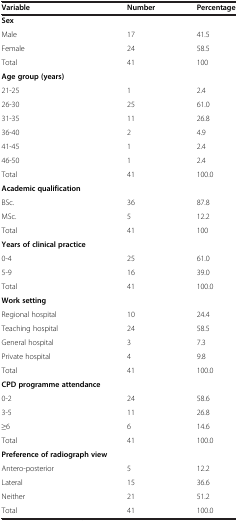
<table><thead><tr><td><b>Variable</b></td><td><b>Number</b></td><td><b>Percentage</b></td></tr></thead><tbody><tr><td colspan="3"><b>Sex</b></td></tr><tr><td>Male</td><td>17</td><td>41.5</td></tr><tr><td>Female</td><td>24</td><td>58.5</td></tr><tr><td>Total</td><td>41</td><td>100</td></tr><tr><td colspan="3"><b>Age group </b><b>(years)</b></td></tr><tr><td>21-25</td><td>1</td><td>2.4</td></tr><tr><td>26-30</td><td>25</td><td>61.0</td></tr><tr><td>31-35</td><td>11</td><td>26.8</td></tr><tr><td>36-40</td><td>2</td><td>4.9</td></tr><tr><td>41-45</td><td>1</td><td>2.4</td></tr><tr><td>46-50</td><td>1</td><td>2.4</td></tr><tr><td>Total</td><td>41</td><td>100.0</td></tr><tr><td colspan="3"><b>Academic qualification</b></td></tr><tr><td>BSc.</td><td>36</td><td>87.8</td></tr><tr><td>MSc.</td><td>5</td><td>12.2</td></tr><tr><td>Total</td><td>41</td><td>100</td></tr><tr><td><b>Years of clinical practice</b></td><td> </td><td> </td></tr><tr><td>0-4</td><td>25</td><td>61.0</td></tr><tr><td>5-9</td><td>16</td><td>39.0</td></tr><tr><td>Total</td><td>41</td><td>100.0</td></tr><tr><td colspan="3"><b>Work setting</b></td></tr><tr><td>Regional hospital</td><td>10</td><td>24.4</td></tr><tr><td>Teaching hospital</td><td>24</td><td>58.5</td></tr><tr><td>General hospital</td><td>3</td><td>7.3</td></tr><tr><td>Private hospital</td><td>4</td><td>9.8</td></tr><tr><td>Total</td><td>41</td><td>100.0</td></tr><tr><td colspan="3"><b>CPD programme attendance</b></td></tr><tr><td>0-2</td><td>24</td><td>58.6</td></tr><tr><td>3-5</td><td>11</td><td>26.8</td></tr><tr><td>≥6</td><td>6</td><td>14.6</td></tr><tr><td>Total</td><td>41</td><td>100.0</td></tr><tr><td colspan="3"><b>Preference of radiograph view</b></td></tr><tr><td>Antero-posterior</td><td>5</td><td>12.2</td></tr><tr><td>Lateral</td><td>15</td><td>36.6</td></tr><tr><td>Neither</td><td>21</td><td>51.2</td></tr><tr><td>Total</td><td>41</td><td>100.0</td></tr></tbody></table>